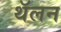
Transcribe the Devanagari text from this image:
थॅलन